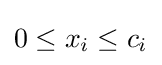
0\leq x_{i}\leq c_{i}